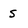
Character: s